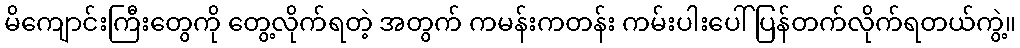
မိကျောင်းကြီးတွေကို တွေ့လိုက်ရတဲ့ အတွက် ကမန်းကတန်း ကမ်းပါးပေါ် ပြန်တက်လိုက်ရတယ်ကွဲ့။